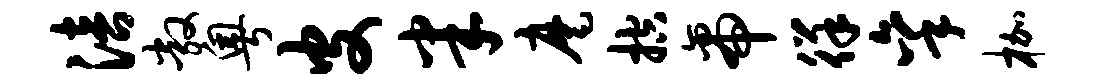
涪敞粤皮半麾控帝徉秉枷